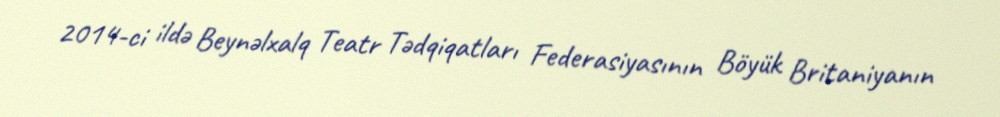
2014-ci ildə Beynəlxalq Teatr Tədqiqatları Federasiyasının Böyük Britaniyanın